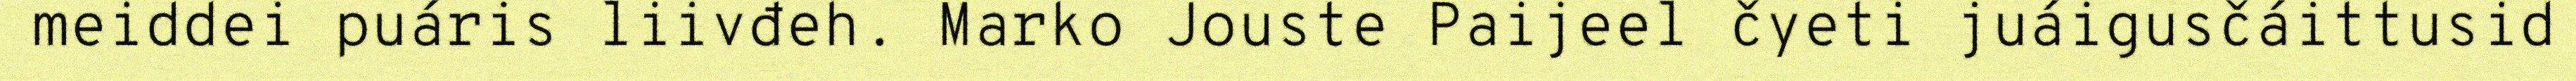
meiddei puáris liivđeh. Marko Jouste Paijeel čyeti juáigusčáittusid